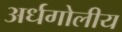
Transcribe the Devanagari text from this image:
अर्धगोलीय